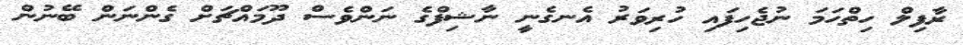
ރާފިލް ހިތްހަމަ ނުޖެހިފައި ހުރިވަރު އެނގެނީ ނާޝިފްގެ ނަންވެސް ދޫމައްޗަށް ގެންނަން ބޭނުން